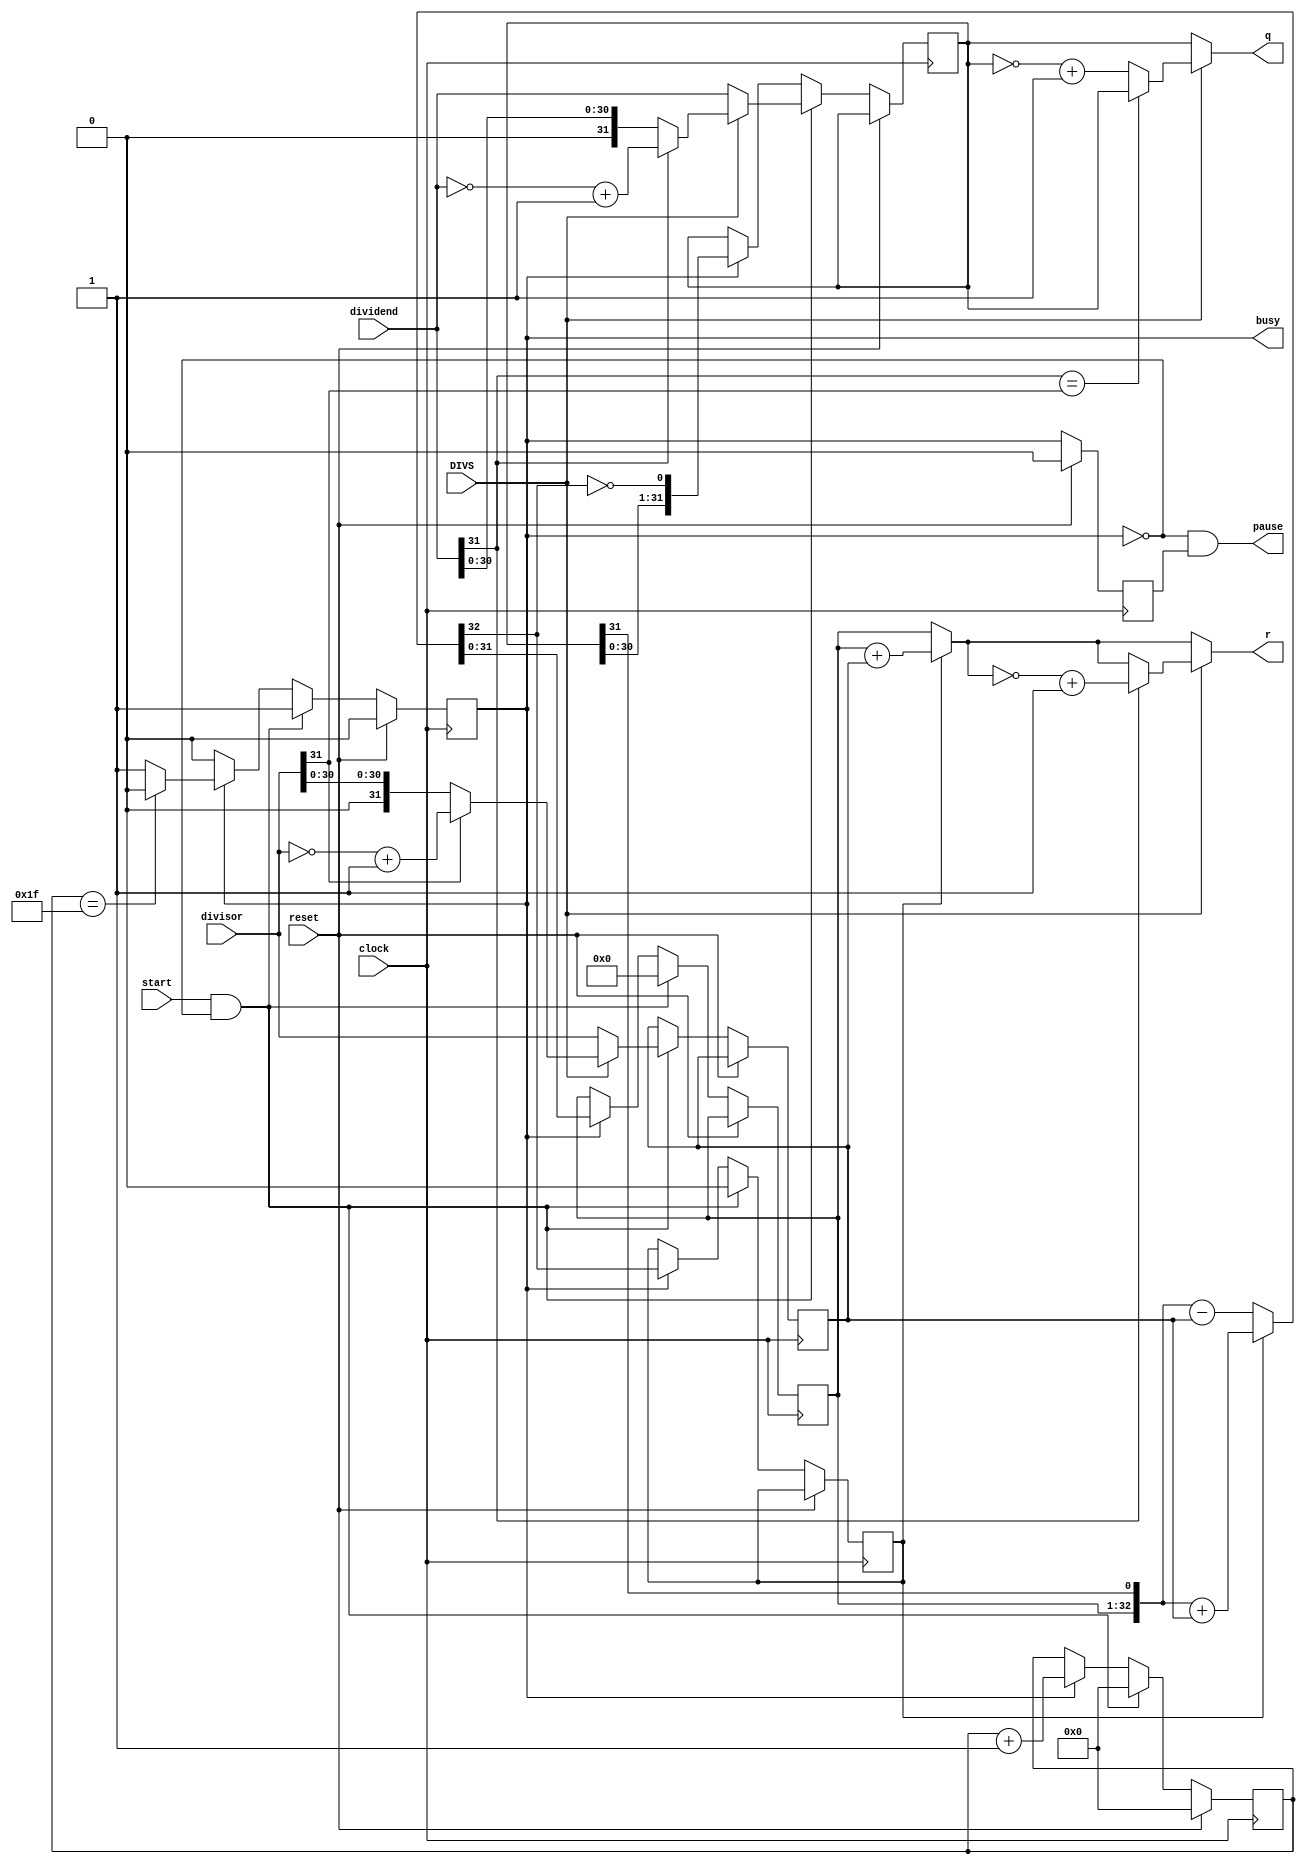
`timescale 1ns/1ns
module DIV(
input clock,      
input reset,  
input DIVS,
input [31:0]dividend,       //               
input [31:0]divisor,        //      
input start,                //          
output [31:0]q,             //      
output [31:0]r,             //         
output pause,                 // 
output reg busy
);
    reg[4:0] count;
    reg[31:0] reg_q;    //
    reg[31:0] reg_r;    //
    reg[31:0] reg_b;    //
    reg busy2;          //busy 
    reg r_sign;
    
    wire [31:0] dividend_temp;
    wire [31:0] divisor_temp;
    wire [31:0] q_temp;
    wire [31:0] r_temp;
    assign pause=~busy&busy2;   // 
    //reg_r31'b0q[31]q
    wire [32:0] sub_add=r_sign?({reg_r,q_temp[31]}+{1'b0,reg_b}):({reg_r,q_temp[31]}-{1'b0,reg_b});
    assign r_temp=r_sign?reg_r+reg_b:reg_r;
    assign q_temp=reg_q;
    
    assign r=DIVS?dividend[31]?(~r_temp+1):r_temp:r_temp;//r_temp>0
    assign q=DIVS?(dividend[31]==divisor[31])?q_temp:(~q_temp+1):q_temp;
    assign dividend_temp=dividend[31]?(~dividend+1):dividend;
    assign divisor_temp=divisor[31]?(~divisor+1):divisor;
    
    always @(posedge clock)
    begin
        if(reset)
        begin
            count<=5'b0;
            busy<=0;
            busy2<=0;
        end
        else
        begin
            busy2<=busy;
            if(start&~busy)
            begin
                reg_r<=32'b0;
                r_sign<=0;
                reg_q<=DIVS?dividend_temp:dividend;
                reg_b<=DIVS?divisor_temp:divisor;
                count<=5'b0;
                busy<=1'b1;
            end
            else if(busy)
            begin
                reg_r<=sub_add[31:0];
                r_sign<=sub_add[32];
                reg_q<={reg_q[30:0],~sub_add[32]}; //q[31]sub_add
                count<=count+5'b1;
                if(count==5'b11111)
                    busy<=0;
            end
        end
    end
    
endmodule